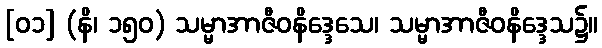
[၀၁] (နိ၊ ၁၅၀) သမ္မာအာဇီဝနိဒ္ဒေသေ၊ သမ္မာအာဇီဝနိဒ္ဒေသ၌။